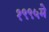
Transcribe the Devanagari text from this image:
१९९५मे